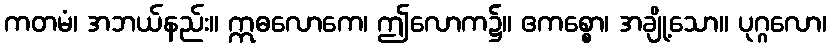
ကတမံ၊ အဘယ်နည်း။ ဣဓလောကေ၊ ဤလောက၌။ ဧကစ္စော၊ အချို့သော။ ပုဂ္ဂလော၊